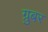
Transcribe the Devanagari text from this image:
ग्रुबर